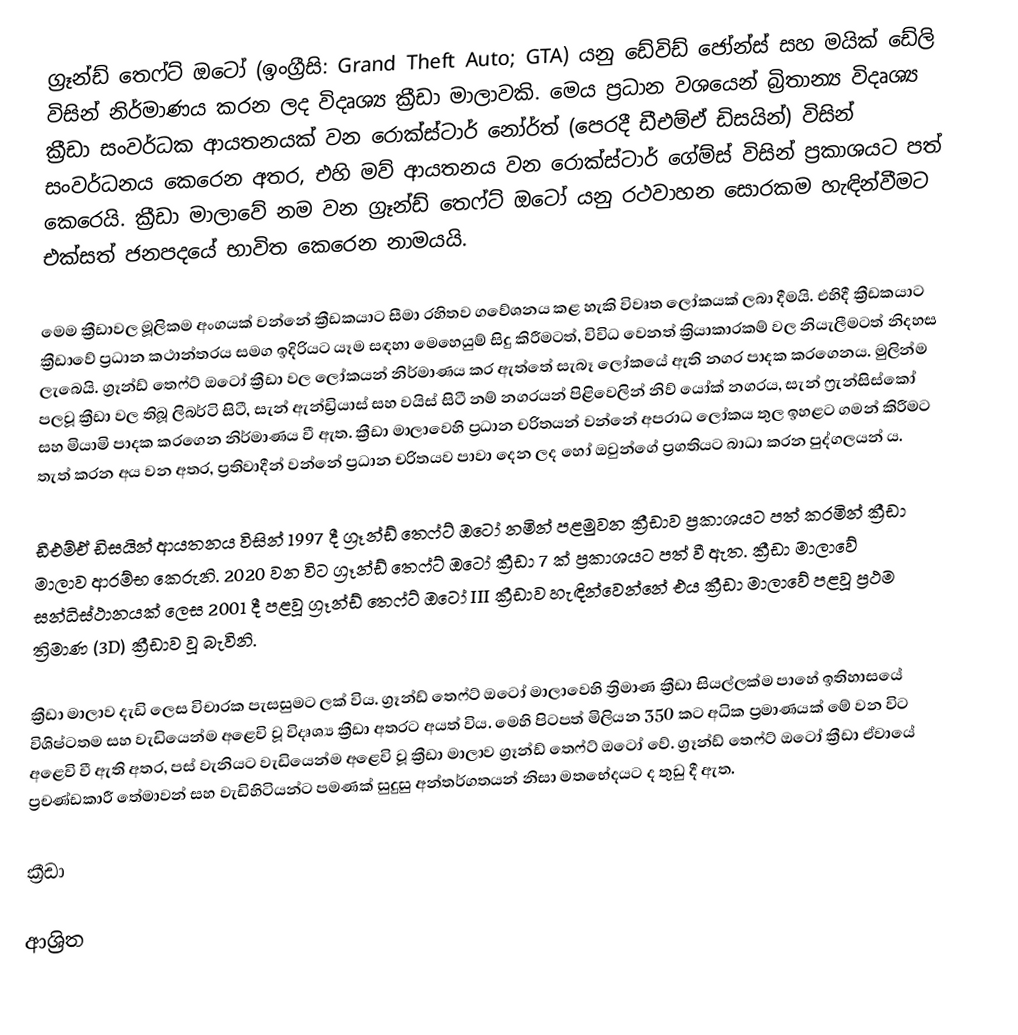
ග්‍රෑන්ඩ් තෙෆ්ට් ඔටෝ (ඉංග්‍රීසි: Grand Theft Auto; GTA) යනු ඩේවිඩ් ජෝන්ස් සහ මයික් ඩේලි විසින් නිර්මාණය කරන ලද විදෘශ්‍ය ක්‍රීඩා මාලාවකි. මෙය ප්‍රධාන වශයෙන් බ්‍රිතාන්‍ය විදෘශ්‍ය ක්‍රීඩා සංවර්ධක ආයතනයක් වන රොක්ස්ටාර් නෝර්ත් (පෙරදී ඩීඑම්ඒ ඩිසයින්) විසින් සංවර්ධනය කෙරෙන අතර, එහි මව් ආයතනය වන රොක්ස්ටාර් ගේම්ස් විසින් ප්‍රකාශයට පත් කෙරෙයි. ක්‍රීඩා මාලාවේ නම වන ග්‍රෑන්ඩ් තෙෆ්ට් ඔටෝ යනු රථවාහන සොරකම හැඳින්වීමට එක්සත් ජනපදයේ භාවිත කෙරෙන නාමයයි.

මෙම ක්‍රීඩාවල මූලිකම අංගයක් වන්නේ ක්‍රීඩකයාට සීමා රහිතව ගවේශනය කළ හැකි විවෘත ලෝකයක් ලබා දීමයි. එහිදී ක්‍රීඩකයාට ක්‍රීඩාවේ ප්‍රධාන කථාන්තරය සමග ඉදිරියට යෑම සඳහා මෙහෙයුම් සිදු කිරීමටත්, විවිධ වෙනත් ක්‍රියාකාරකම් වල නියැලීමටත් නිදහස ලැබෙයි. ග්‍රෑන්ඩ් තෙෆ්ට් ඔටෝ ක්‍රීඩා වල ලෝකයන් නිර්මාණය කර ඇත්තේ සැබෑ ලෝකයේ ඇති නගර පාදක කරගෙනය. මුලින්ම පලවූ ක්‍රීඩා වල තිබූ ලිබර්ටි සිටී, සැන් ඇන්ඩ්‍රියාස් සහ වයිස් සිටී නම් නගරයන් පිළිවෙලින් නිව් යෝක් නගරය, සැන් ෆ්‍රැන්සිස්කෝ සහ මියාමි පාදක කරගෙන නිර්මාණය වී ඇත. ක්‍රීඩා මාලාවෙහි ප්‍රධාන චරිතයන් වන්නේ අපරාධ ලෝකය තුල ඉහළට ගමන් කිරීමට තැත් කරන අය වන අතර, ප්‍රතිවාදීන් වන්නේ ප්‍රධාන චරිතයව පාවා දෙන ලද හෝ ඔවුන්ගේ ප්‍රගතියට බාධා කරන පුද්ගලයන් ය.

ඩීඑම්ඒ ඩිසයින් ආයතනය විසින් 1997 දී ග්‍රෑන්ඩ් තෙෆ්ට් ඔටෝ නමින් පළමුවන ක්‍රීඩාව ප්‍රකාශයට පත් කරමින් ක්‍රීඩා මාලාව ආරම්භ කෙරුනි. 2020 වන විට ග්‍රෑන්ඩ් තෙෆ්ට් ඔටෝ ක්‍රීඩා 7 ක් ප්‍රකාශයට පත් වී ඇත. ක්‍රීඩා මාලාවේ සන්ධිස්ථානයක් ලෙස 2001 දී පළවූ ග්‍රෑන්ඩ් තෙෆ්ට් ඔටෝ III ක්‍රීඩාව හැඳින්වෙන්නේ එය ක්‍රීඩා මාලාවේ පළවූ ප්‍රථම ත්‍රිමාණ (3D) ක්‍රීඩාව වූ බැවිනි.

ක්‍රීඩා මාලාව දැඩි ලෙස විචාරක පැසසුමට ලක් විය. ග්‍රෑන්ඩ් තෙෆ්ට් ඔටෝ මාලාවෙහි ත්‍රිමාණ ක්‍රීඩා සියල්ලක්ම පාහේ ඉතිහාසයේ විශිෂ්ටතම සහ වැඩියෙන්ම අළෙවි වූ විදෘශ්‍ය ක්‍රීඩා අතරට අයත් විය. මෙහි පිටපත් මිලියන 350 කට අධික ප්‍රමාණයක් මේ වන විට අළෙවි වී ඇති අතර, පස් වැනියට වැඩියෙන්ම අළෙවි වූ ක්‍රීඩා මාලාව ග්‍රෑන්ඩ් තෙෆ්ට් ඔටෝ වේ. ග්‍රෑන්ඩ් තෙෆ්ට් ඔටෝ ක්‍රීඩා ඒවායේ ප්‍රචණ්ඩකාරී තේමාවන් සහ වැඩිහිටියන්ට පමණක් සුදුසු අන්තර්ගතයන් නිසා මතභේදයට ද තුඩු දී ඇත.

ක්‍රීඩා

ආශ්‍රිත